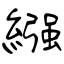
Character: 繦